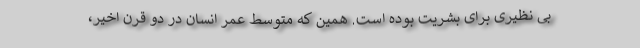
بی نظیری برای بشریت بوده است. همین که متوسط عمر انسان در دو قرن اخیر،